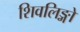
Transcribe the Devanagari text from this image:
शिवलिङ्गो